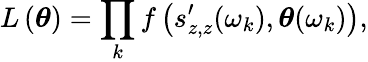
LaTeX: L\left(\boldsymbol{\theta}\right)=\prod_{k}f\left(s_{z,z}^{\prime}(\omega_{k}),\boldsymbol{\theta}(\omega_{k})\right),